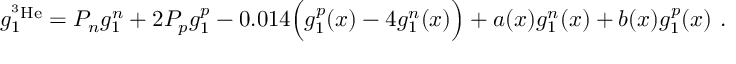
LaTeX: g _ { 1 } ^ { ^ 3 \mathrm { H e } } = P _ { n } g _ { 1 } ^ { n } + 2 P _ { p } g _ { 1 } ^ { p } - 0 . 0 1 4 \Big ( g _ { 1 } ^ { p } ( x ) - 4 g _ { 1 } ^ { n } ( x ) \Big ) + a ( x ) g _ { 1 } ^ { n } ( x ) + b ( x ) g _ { 1 } ^ { p } ( x ) \ .